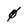
Character: 4